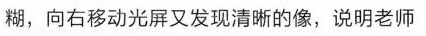
糊，向右移动光屏又发现清晰的像，说明老师